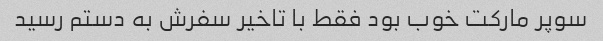
سوپر مارکت خوب بود فقط با تاخیر سفرش به دستم رسید